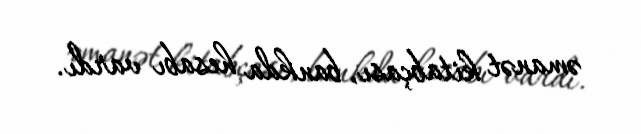
əmanət kitabçası, bankda hesabı vardı.